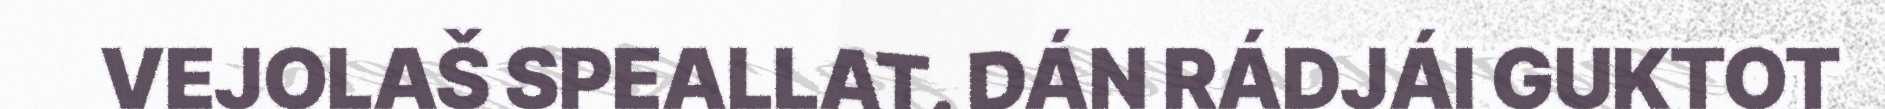
VEJOLAŠ SPEALLAT. DÁN RÁDJÁI GUKTOT